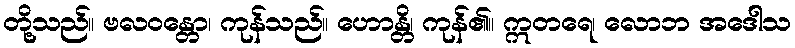
တို့သည်။ ဗလဝန္တော၊ ကုန်သည်။ ဟောန္တိ၊ ကုန်၏။ ဣတရေ၊ လောဘ အဒေါသ